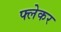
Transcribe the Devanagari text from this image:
फ्लेकर